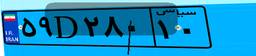
۴۷D۷۵۵۹۱